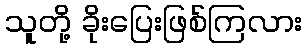
သူတို့ ခိုးပြေးဖြစ်ကြလား